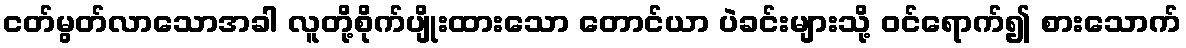
ငတ်မွတ်လာသောအခါ လူတို့စိုက်ပျိုးထားသော တောင်ယာ ပဲခင်းများသို့ ဝင်ရောက်၍ စားသောက်